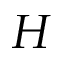
H